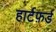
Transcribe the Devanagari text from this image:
हार्टफ़र्ड